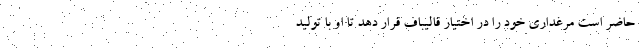
حاضر است مرغداری خود را در اختیار قالیباف قرار دهد تا او با تولید